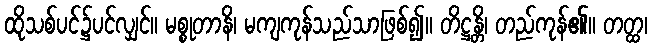
ထိုသစ်ပင်၌ပင်လျှင်။ မစ္စုတာနိ၊ မကျကုန်သည်သာဖြစ်၍။ တိဋ္ဌန္တိ၊ တည်ကုန်၏။ တတ္ထ၊